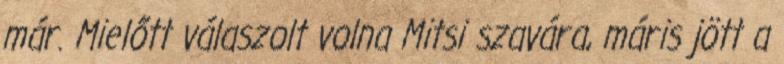
már. Mielőtt válaszolt volna Mitsi szavára, máris jött a